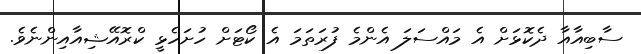
ސާބިއާއާ ދެކޮޅަށް އެ މައްސަލަ އެންމެ ފުރަތަމަ އެ ކޯޓަށް ހުށަހެޅީ ކްރޮއޭޝިއާއިންނެވެ.